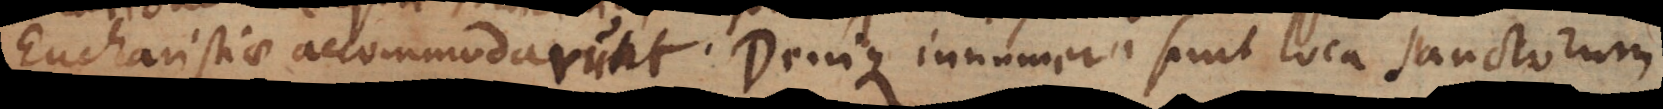
eucharistiae accommodarunt. Denique innumera sunt loca sanctorum